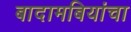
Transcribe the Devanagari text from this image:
बादामबियांचा